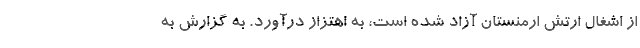
از اشغال ارتش ارمنستان آزاد شده است، به اهتزاز درآورد. به گزارش به